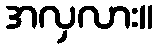
အလှလား။